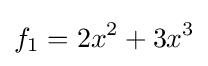
f_{1}=2x^{2}+3x^{3}